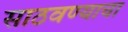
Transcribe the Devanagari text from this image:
साठवण्याचा